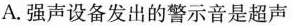
A.强声设备发出的警示音是超声